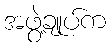
အဖွဲ့ချုပ်က